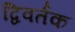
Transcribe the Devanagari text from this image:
द्विवर्तक